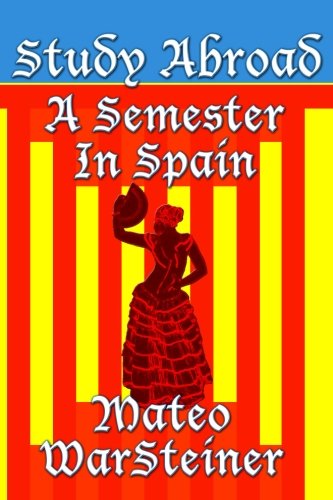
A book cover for Study Abroad: A Semester in Spain; Mateo WarSteiner; Travel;